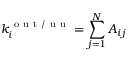
k _ { i } ^ { \mathrm { ~ o ~ u ~ t ~ / ~ u ~ u ~ } } = \sum _ { j = 1 } ^ { N } A _ { i j }